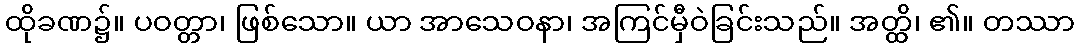
ထိုခဏ၌။ ပဝတ္တာ၊ ဖြစ်သော။ ယာ အာသေဝနာ၊ အကြင်မှီဝဲခြင်းသည်။ အတ္ထိ၊ ၏။ တဿာ